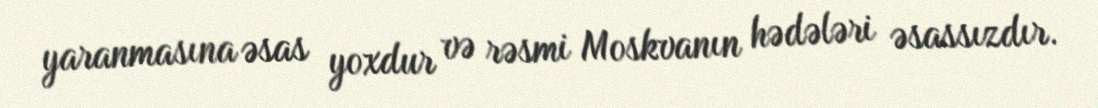
yaranmasına əsas yoxdur və rəsmi Moskvanın hədələri əsassızdır.